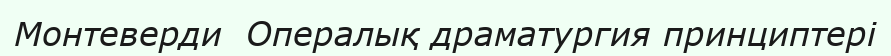
Монтеверди  Опералық драматургия принциптері